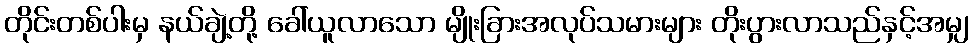
တိုင်းတစ်ပါးမှ နယ်ချဲ့တို့ ခေါ်ယူလာသော မျိုးခြားအလုပ်သမားများ တိုးပွားလာသည်နှင့်အမျှ